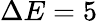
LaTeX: \Delta E=5